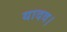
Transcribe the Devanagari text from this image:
यादव।